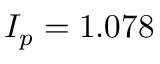
I _ { p } = 1 . 0 7 8